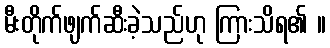
မီးတိုက်ဖျက်ဆီးခဲ့သည်ဟု ကြားသိရ၏ ။